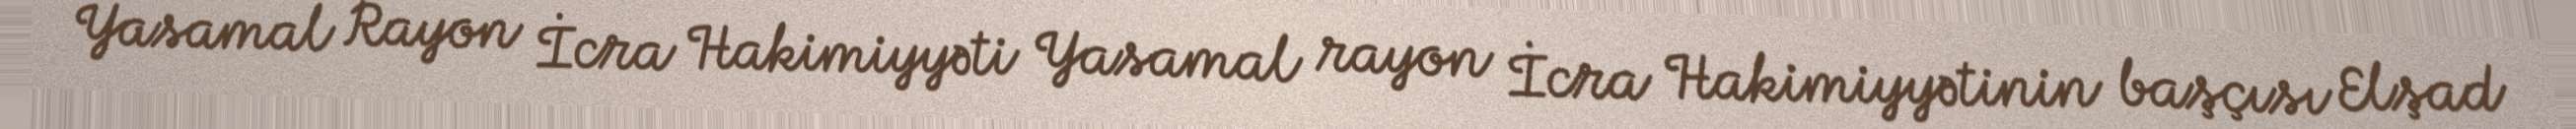
Yasamal Rayon İcra Hakimiyyəti Yasamal rayon İcra Hakimiyyətinin başçısı Elşad